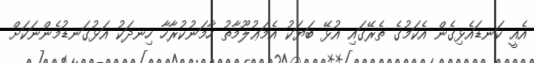
އެއީ ކަނޑައެޅިގެން އެކަމުގެ ތެރޭގައި އުޅޭ ބަޔަކު އެމަޢުލޫމާތު ހާމަނުކުރާހާ ހިނދަކު އަޅުގަނޑުމެންނަކަށް